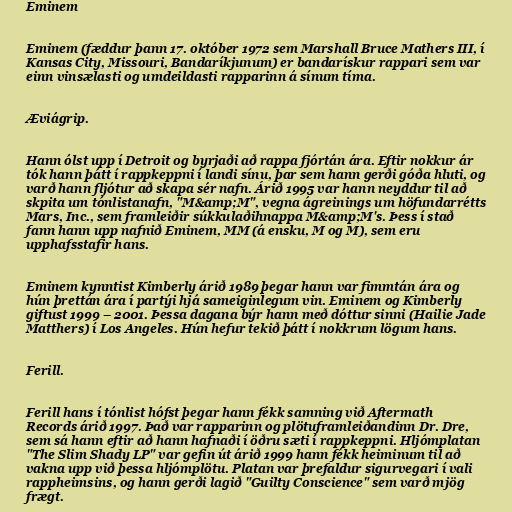
Eminem

Eminem (fæddur þann 17. október 1972 sem Marshall Bruce Mathers III, í
Kansas City, Missouri, Bandaríkjunum) er bandarískur rappari sem var
einn vinsælasti og umdeildasti rapparinn á sínum tíma.

Æviágrip.

Hann ólst upp í Detroit og byrjaði að rappa fjórtán ára. Eftir nokkur ár
tók hann þátt í rappkeppni í landi sínu, þar sem hann gerði góða hluti, og
varð hann fljótur að skapa sér nafn. Árið 1995 var hann neyddur til að
skpita um tónlistanafn, "M&amp;M", vegna ágreinings um höfundarrétts
Mars, Inc., sem framleiðir súkkulaðihnappa M&amp;M's. Þess í stað
fann hann upp nafnið Eminem, MM (á ensku, M og M), sem eru
upphafsstafir hans.

Eminem kynntist Kimberly árið 1989 þegar hann var fimmtán ára og
hún þrettán ára í partýi hjá sameiginlegum vin. Eminem og Kimberly
giftust 1999 – 2001. Þessa dagana býr hann með dóttur sinni (Hailie Jade
Matthers) í Los Angeles. Hún hefur tekið þátt í nokkrum lögum hans.

Ferill.

Ferill hans í tónlist hófst þegar hann fékk samning við Aftermath
Records árið 1997. Það var rapparinn og plötuframleiðandinn Dr. Dre,
sem sá hann eftir að hann hafnaði í öðru sæti í rappkeppni. Hljómplatan
"The Slim Shady LP" var gefin út árið 1999 hann fékk heiminum til að
vakna upp við þessa hljómplötu. Platan var þrefaldur sigurvegari í vali
rappheimsins, og hann gerði lagið "Guilty Conscience" sem varð mjög
frægt.